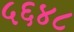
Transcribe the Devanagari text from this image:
५६४८